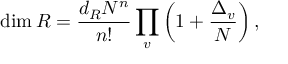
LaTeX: \dim R = { \frac { d _ { R } N ^ { n } } { n ! } } \prod _ { v } \left( 1 + { \frac { \Delta _ { v } } { N } } \right) ,